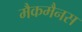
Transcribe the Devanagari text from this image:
मैकमैनस